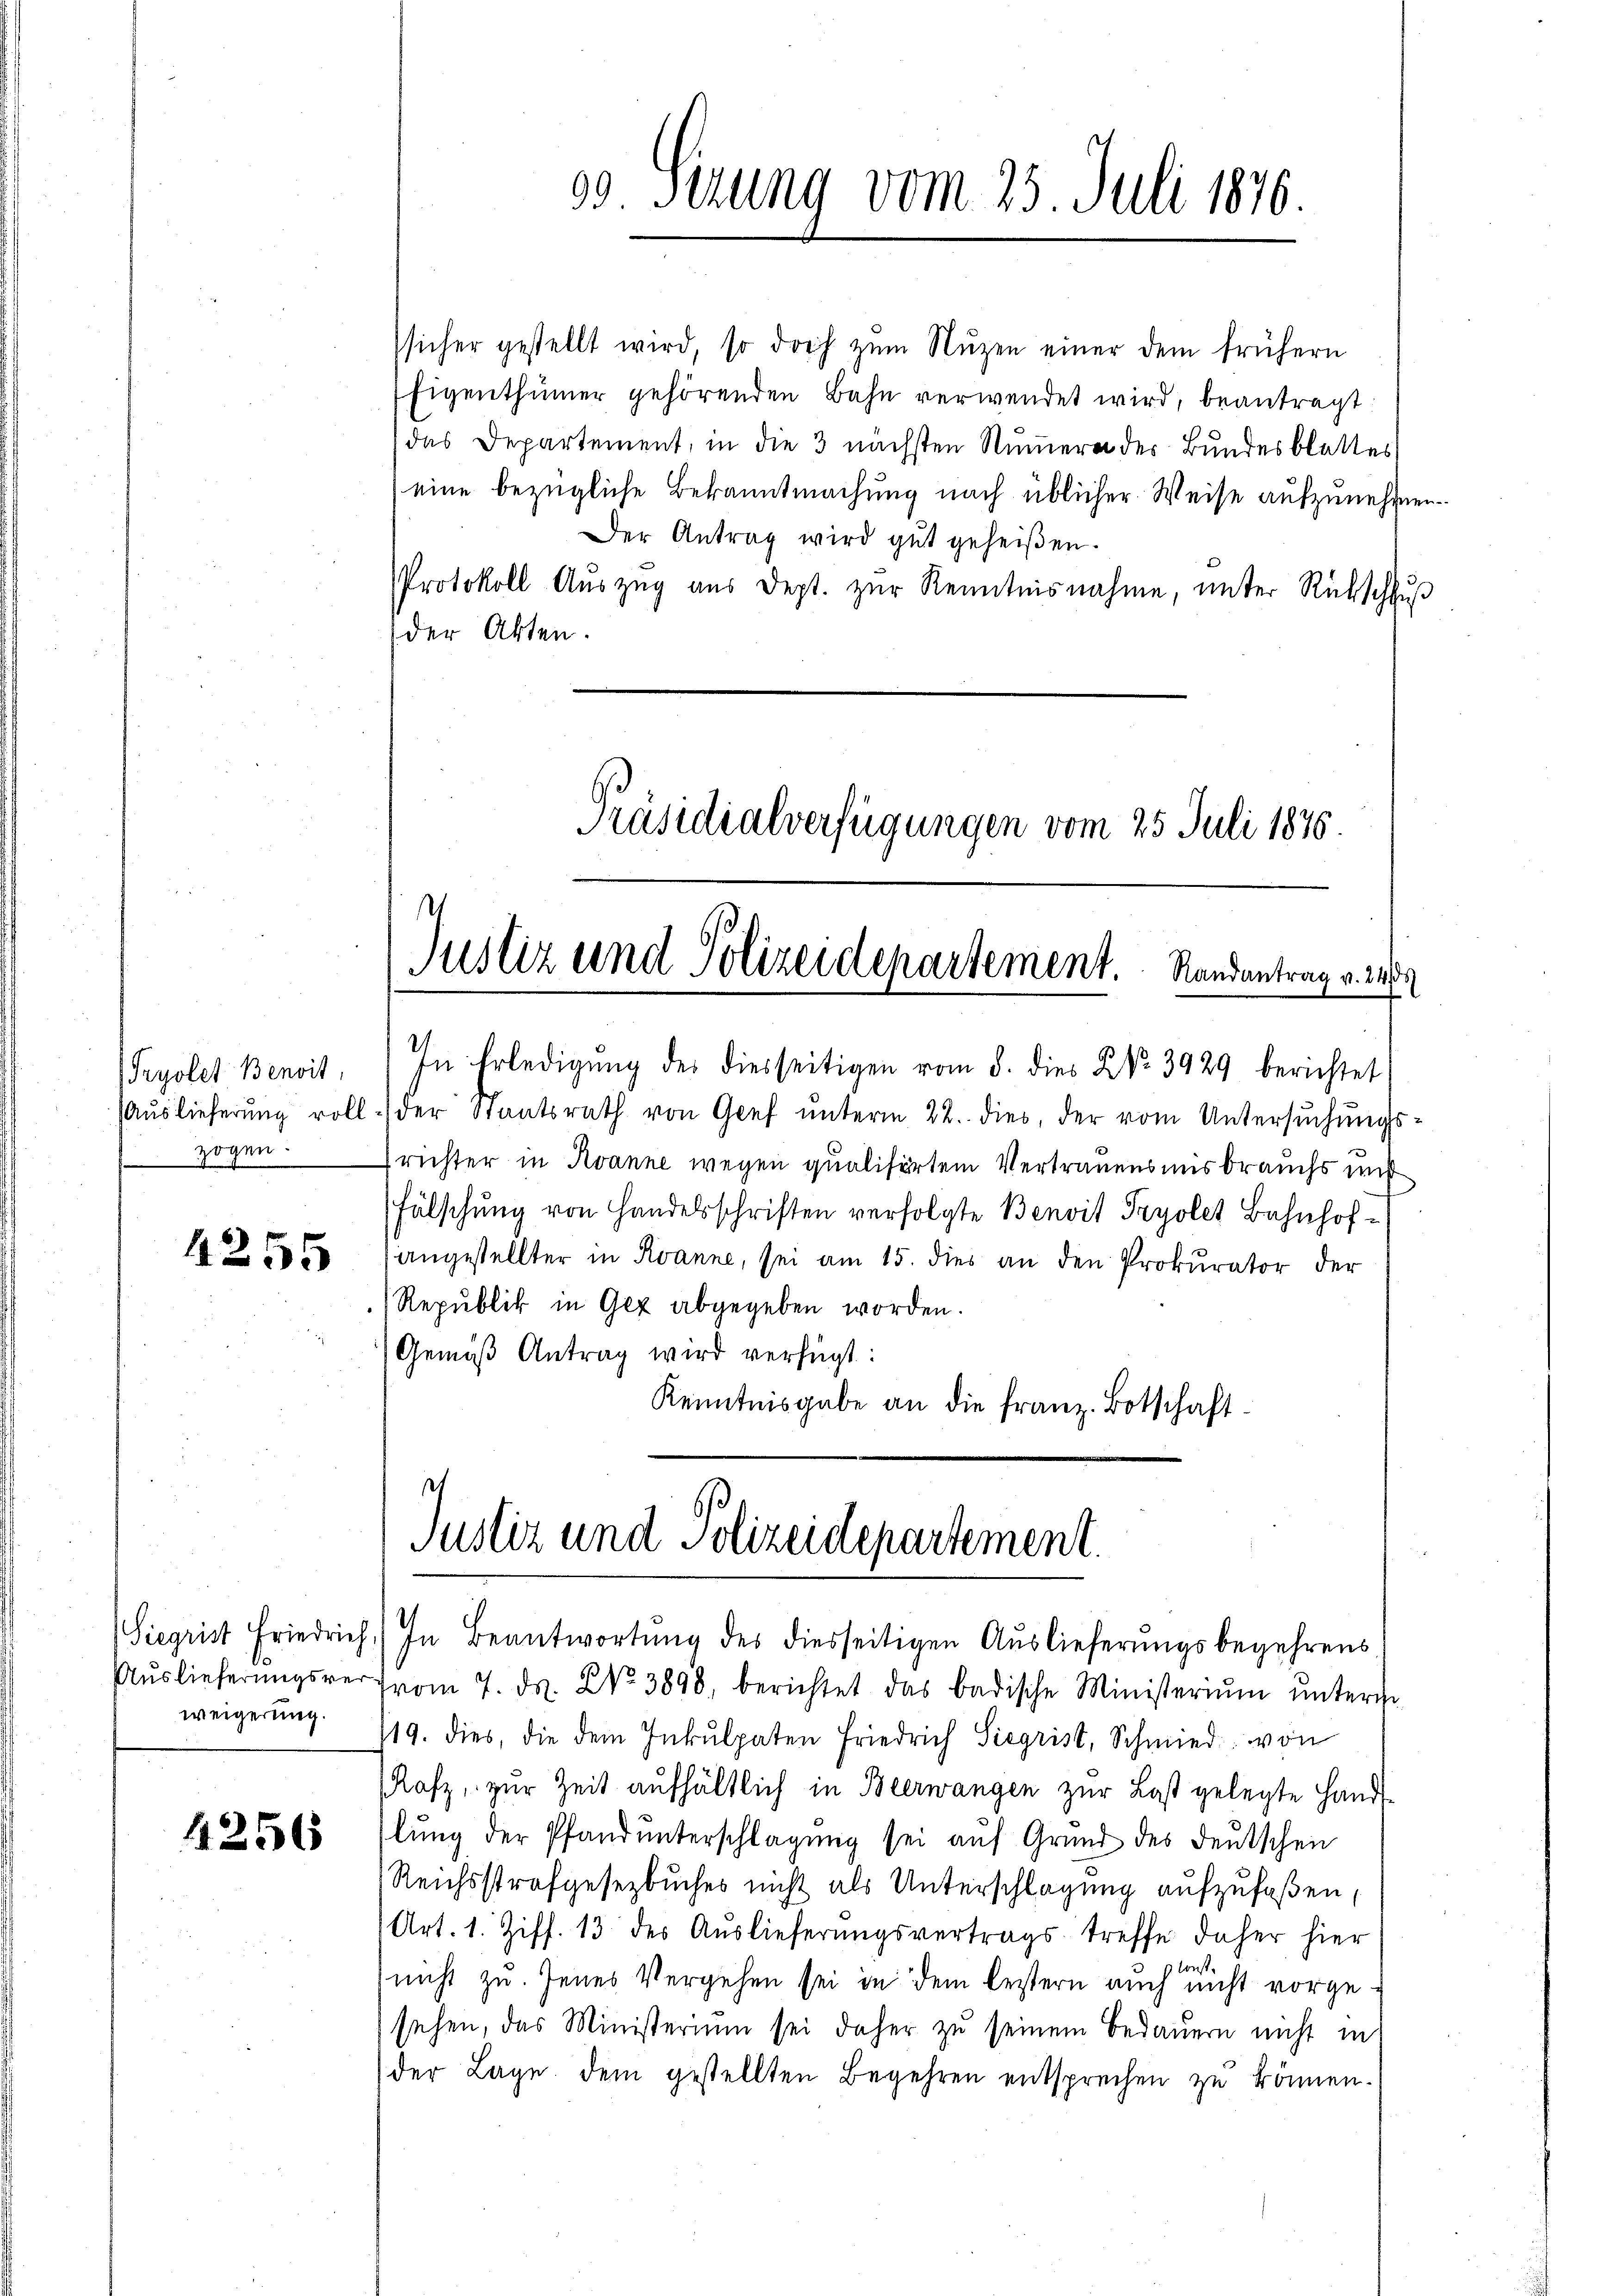
Pryolet Benoit,
zogen.

4255

weigerung.

4256

ssicher gestellt wird, so doch zŭm Nŭzen einer dem frühern
Eigenthümer gehörenden Bahn verwendet wird, beantragt:
das Departement, in die 3 nächsten Nummern der Bundesblattes
eine bezügliche Bekanntmachung nach üblicher Weise aufzunehmen.
Der Antrag wird gut geheißen.
Protokoll Aŭszŭg aŭs dept. zŭr Kenntnisnahme, unter Rückschluß
der Akten.
Präsidialverfügungen vom 25. Juli 1876.

03 Sizung vom 25. Juli 1876.

Justiz und Polizeidepartement. Randantrag v. 249.

t
Justiz und Polizeidepartement.
Siegrist Friedrich) In Beantwortŭng des diesseitigen Aŭslieferŭngsbegehrens

In Erledigung des diesseitigen vom 8. dies No. 3929 berichtet
Aŭslieferŭng voll der Staatsrath von Gief ŭnterm 22. dies, der vom Untersŭchŭngs-
frichter in Avanne wegen qualisirten Vertrauensmis brauchs mit
Fälschung von Handelsschriften verfolgte Benvit Tryolet Bahnhofangestellter in Kanne, sei am 15. dies an den Prokurator der
Republik in Gez abgegeben worden.
(Gemäß Antrag wird verfügt:
Kenntnisgabe an die franz. Botschaft

Aŭslieferŭngsver vom 7. ds. No. 3898, berichtet das badische Ministeriŭm ŭnterie-
119. dies, die dem Inkulpaten Friedrich Siegrist, Schmied von
Rafz, zur Zeit aufhältlich in Beerwangen zur Last gelegte Hand-
lung der Pfand unterschlagung sei auf Grund des deutschen
Reichsstrafgesetzbuches nicht als Unterschlagung aufzufaßen,
Art. 1. Ziff. 13 des Auslieferungsvertrags-treffe daher hier
bus
nicht zu. Jenes Vergehen sei in dem bestern auch nicht vorgesehen, das Ministerium sei daher zu seinem Bedauern nicht in
der Lage. Dem gestellten Begehren entsprechen zu können.